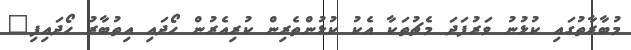
މުބާރާތުގައި ކުޅުނު ވަރުފަދަ މެޗުތަކާ އެކު ކުޅުންތެރިން ކުރިއެރުން ހޯދައި އިތުބާރު ހޯދައިފި"